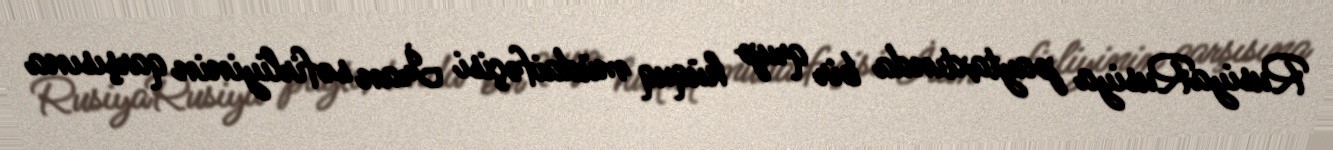
RusiyaRusiya paytaxtında bir qrup hüquq müdaifəçisi İran səfirliyinin qarşısına